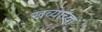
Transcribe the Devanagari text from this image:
खव्याच्या